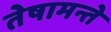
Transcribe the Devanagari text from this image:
तेषामन्ते